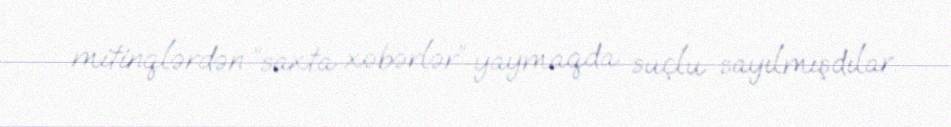
mitinqlərdən “saxta xəbərlər” yaymaqda suçlu sayılmışdılar.